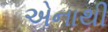
એનાથી